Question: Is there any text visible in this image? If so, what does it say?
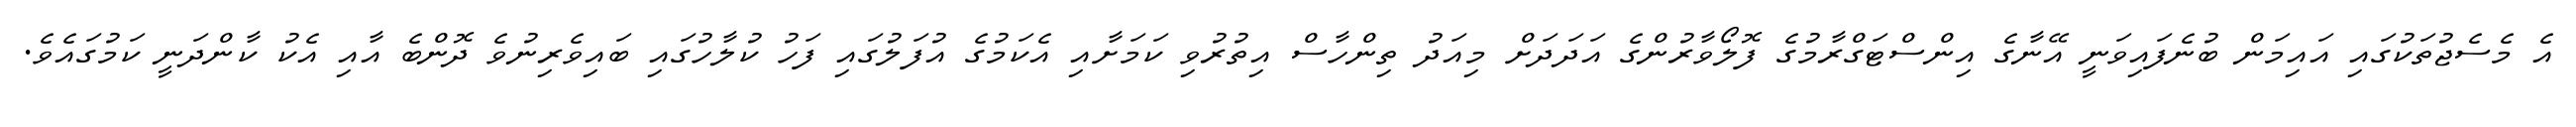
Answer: އެ މެސެޖުތަކުގައި އައިމަން ބުނެފައިވަނީ އޭނާގެ އިންސްޓަގްރާމުގެ ފޮލޯވާރުންގެ އަދަދަށް މިއަދު ތިންހާސް އިތުރުވި ކަމަށާއި އެކަމުގެ އުފަލުގައި ފަހު ކުލާހުގައި ބައިވެރިނުވެ ދޮންބެ އާއި އެކު ކާންދަނީ ކަމުގައެވެ.